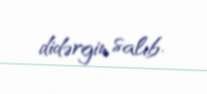
didərgin salıb.